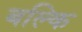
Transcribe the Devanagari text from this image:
बल्कि